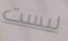
ليست